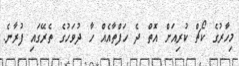
މިހާރުގެ ކޯޗް ކުރިއަށް އޮތް ދެ ހަފްތާއެއް ހާ ދުވަހުގެ ތެރޭގައި ފުރާނެ.